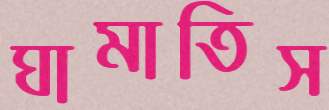
ঘামাতিস